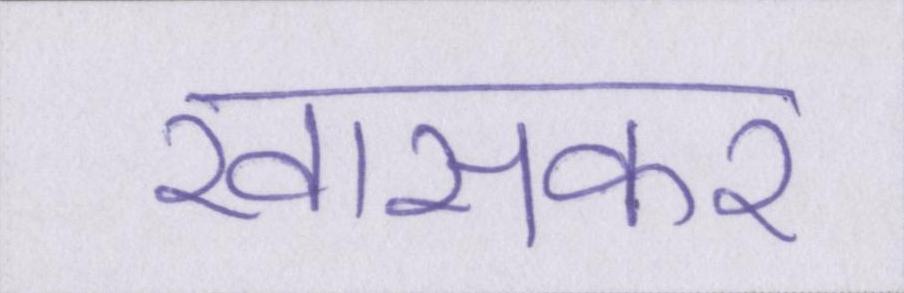
खासकर